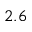
2 . 6